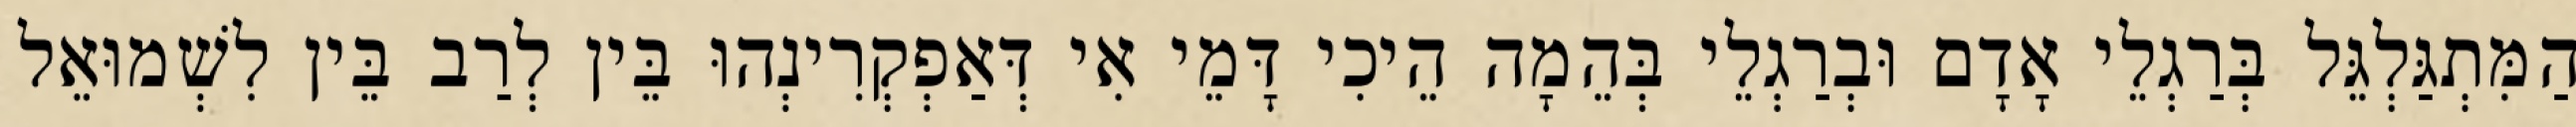
הַמִּתְגַּלְגֵּל בְּרַגְלֵי אָדָם וּבְרַגְלֵי בְּהֵמָה הֵיכִי דָּמֵי אִי דְּאַפְקְרִינְהוּ בֵּין לְרַב בֵּין לִשְׁמוּאֵל